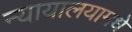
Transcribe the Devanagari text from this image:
न्यायालयामधे